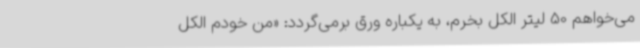
می‌خواهم 50 لیتر الکل بخرم، به یکباره ورق برمی‌گردد: «من خودم الکل